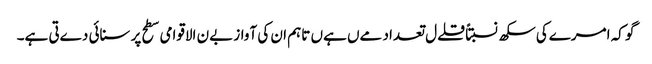
گو کہ امرےکی سکھ نسبتاً قلےل تعداد مےں ہےں تاہم ان کی آواز بےن الاقوامی سطح پر سنائی دےتی ہے۔